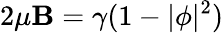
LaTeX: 2\mu\mathbf{B}=\gamma(1-|\phi|^{2})